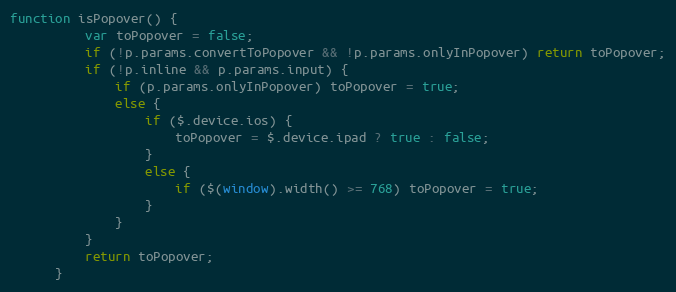
Language: JavaScript
function isPopover() {
          var toPopover = false;
          if (!p.params.convertToPopover && !p.params.onlyInPopover) return toPopover;
          if (!p.inline && p.params.input) {
              if (p.params.onlyInPopover) toPopover = true;
              else {
                  if ($.device.ios) {
                      toPopover = $.device.ipad ? true : false;
                  }
                  else {
                      if ($(window).width() >= 768) toPopover = true;
                  }
              }
          }
          return toPopover;
      }